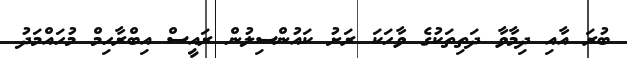
ބުރަ އާއި ދިމާވާ ދަތިތަކުގެ ވާހަކަ ރަށު ކައުންސިލުން ރައީސް އިބްރާހިމް މުހައްމަދު